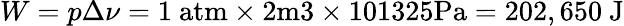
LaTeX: W={p\Delta\nu}=1~{\mathrm{atm}}\times 2{\mathrm{m3}}\times 101325{\mathrm{Pa}}=202,650{\mathrm{~J}}